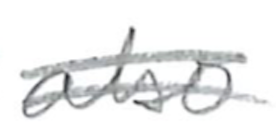
Text: also
Cross-out: double-line
Writing tool: pencil